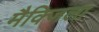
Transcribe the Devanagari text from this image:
मैक्जिला